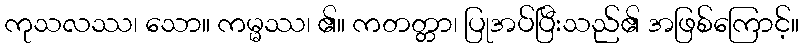
ကုသလဿ၊ သော။ ကမ္မဿ၊ ၏။ ကတတ္တာ၊ ပြုအပ်ပြီးသည်၏ အဖြစ်ကြောင့်။